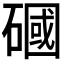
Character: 𥕏